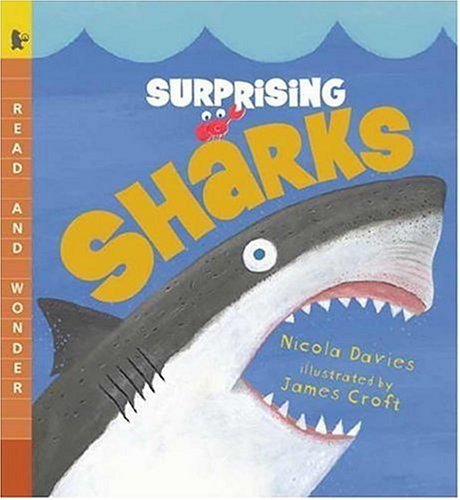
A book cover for Surprising Sharks: Read and Wonder; Nicola Davies; Children's Books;